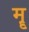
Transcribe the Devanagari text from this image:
मॄ